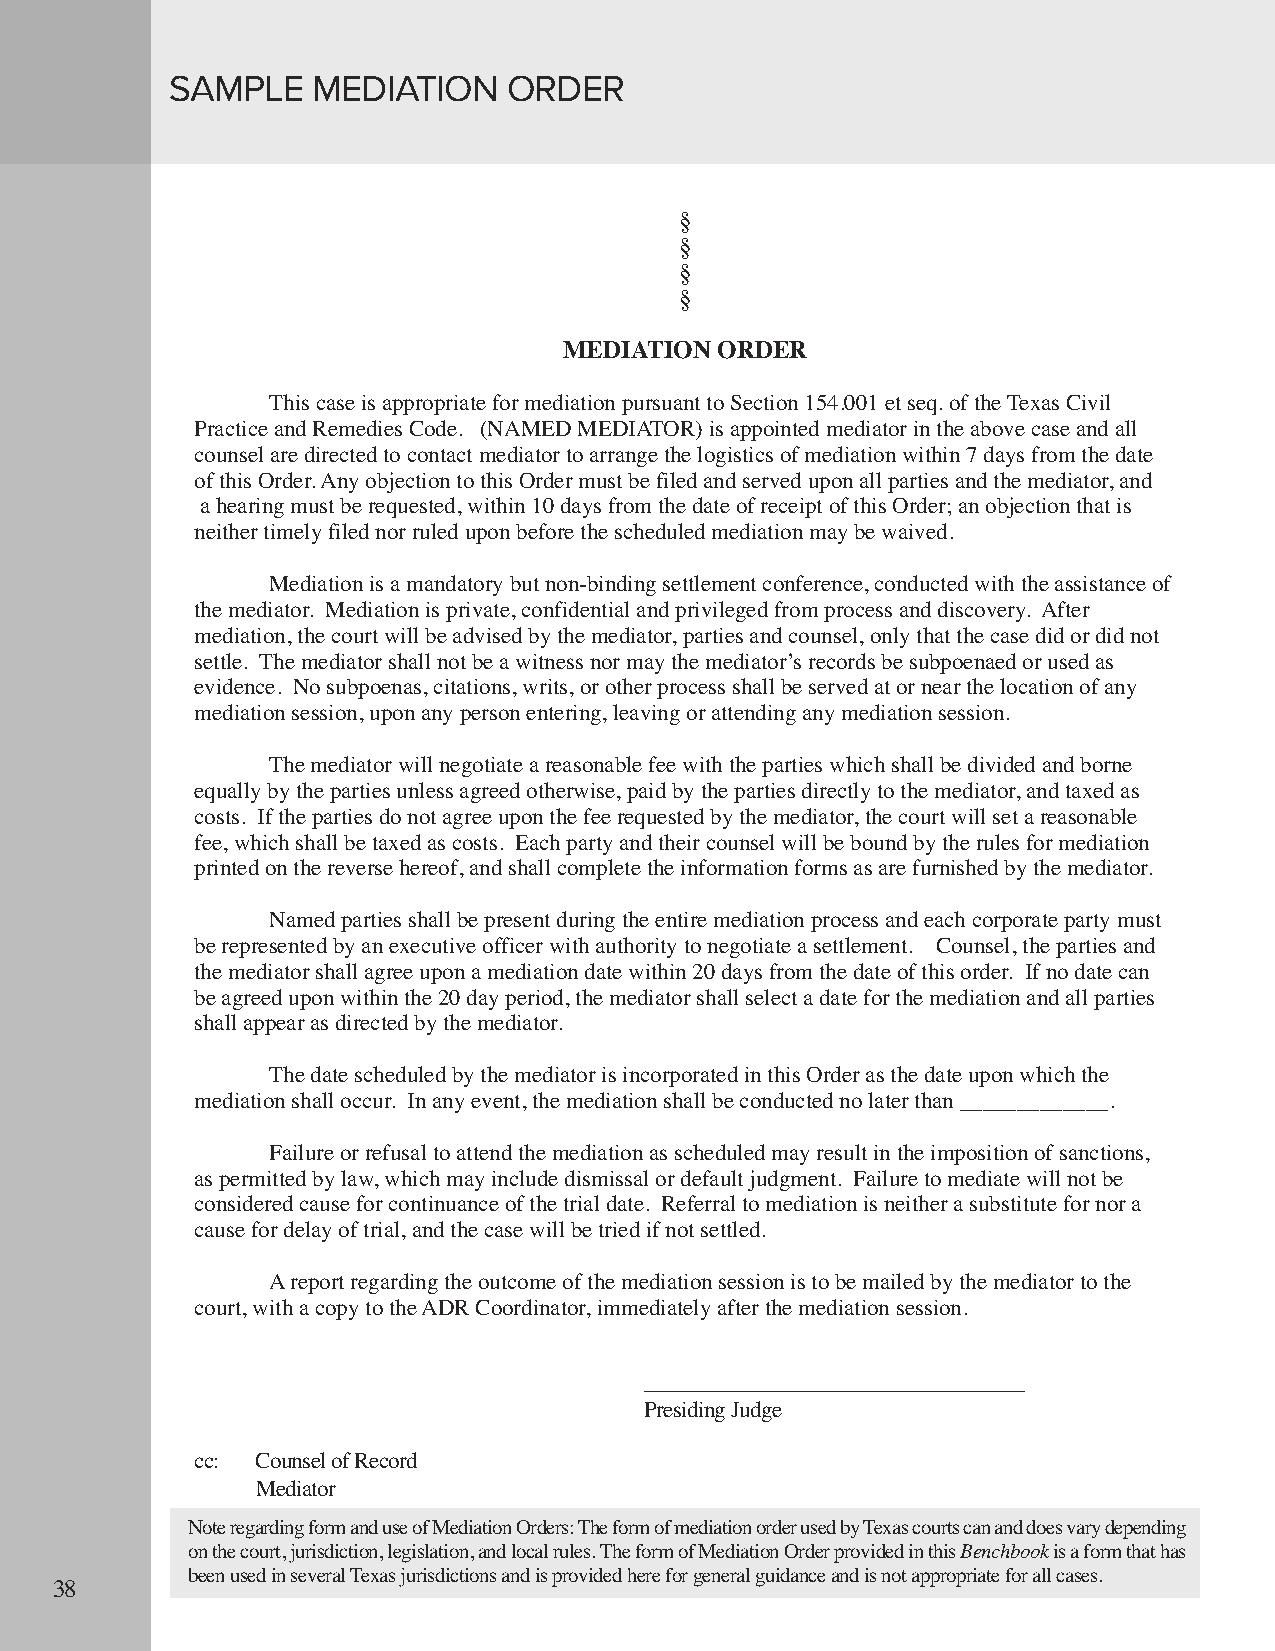
SAMPLE    MEDIATION    ORDER
 §
 §
 §
 §
 MEDIATION ORDER
 This case is appropriate for mediation pursuant to Section 154.001 et seq. of the Texas Civil
 Practice and Remedies Code. (NAMED MEDIATOR) is appointed mediator in the above case and all
 counsel are directed to contact mediator to arrange the logistics of mediation within 7 days from the date
 of this Order. Any objection to this Order must be filed and served upon all parties and the mediator, and
 a hearing must be requested, within 10 days from the date of receipt of this Order; an objection that is
 neither timely filed nor ruled upon before the scheduled mediation may be waived.
 Mediation is a mandatory but non-binding settlement conference, conducted with the assistance of
 the mediator. Mediation is private, confidential and privileged from process and discovery. After
 mediation, the court will be advised by the mediator, parties and counsel, only that the case did or did not
 settle. The mediator shall not be a witness nor may the mediator’s records be subpoenaed or used as
 evidence. No subpoenas, citations, writs, or other process shall be served at or near the location of any
 mediation session, upon any person entering, leaving or attending any mediation session.
 The mediator will negotiate a reasonable fee with the parties which shall be divided and borne
 equally by the parties unless agreed otherwise, paid by the parties directly to the mediator, and taxed as
 costs. If the parties do not agree upon the fee requested by the mediator, the court will set a reasonable
 fee, which shall be taxed as costs. Each party and their counsel will be bound by the rules for mediation
 printed on the reverse hereof, and shall complete the information forms as are furnished by the mediator.
 Named parties shall be present during the entire mediation process and each corporate party must
 be represented by an executive officer with authority to negotiate a settlement. Counsel, the parties and
 the mediator shall agree upon a mediation date within 20 days from the date of this order. If no date can
 be agreed upon within the 20 day period, the mediator shall select a date for the mediation and all parties
 shall appear as directed by the mediator.
 The date scheduled by the mediator is incorporated in this Order as the date upon which the
 mediation shall occur. In any event, the mediation shall be conducted no later than _____________.
 Failure or refusal to attend the mediation as scheduled may result in the imposition of sanctions,
 as permitted by law, which may include dismissal or default judgment. Failure to mediate will not be
 considered cause for continuance of the trial date. Referral to mediation is neither a substitute for nor a
 cause for delay of trial, and the case will be tried if not settled.
 A report regarding the outcome of the mediation session is to be mailed by the mediator to the
 court, with a copy to the ADR Coordinator, immediately after the mediation session.
 ___________________________________
 Presiding Judge
 cc: Counsel of Record
 Mediator
 Note regarding form and use of Mediation Orders: The form of mediation order used by Texas courts can and does vary depending
 on the court, jurisdiction, legislation, and local rules. The form of Mediation Order provided in this Benchbookis a form that has
 been used in several Texas jurisdictions and is provided here for general guidance and is not appropriate for all cases.
 38